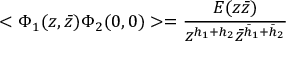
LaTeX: < \Phi _ { 1 } ( z , \bar { z } ) \Phi _ { 2 } ( 0 , 0 ) > = \frac { E ( z \bar { z } ) } { z ^ { h _ { 1 } + h _ { 2 } } \bar { z } ^ { \bar { h } _ { 1 } + \bar { h } _ { 2 } } }